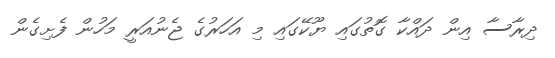
ދިރާސާ އިން ދައްކާ ގޮތުގައި ޔޫކޭގައި މި އަހަރުގެ ޖެނުއަރީ މަހުން ފެށިގެން